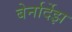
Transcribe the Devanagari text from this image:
बेर्नार्देझ